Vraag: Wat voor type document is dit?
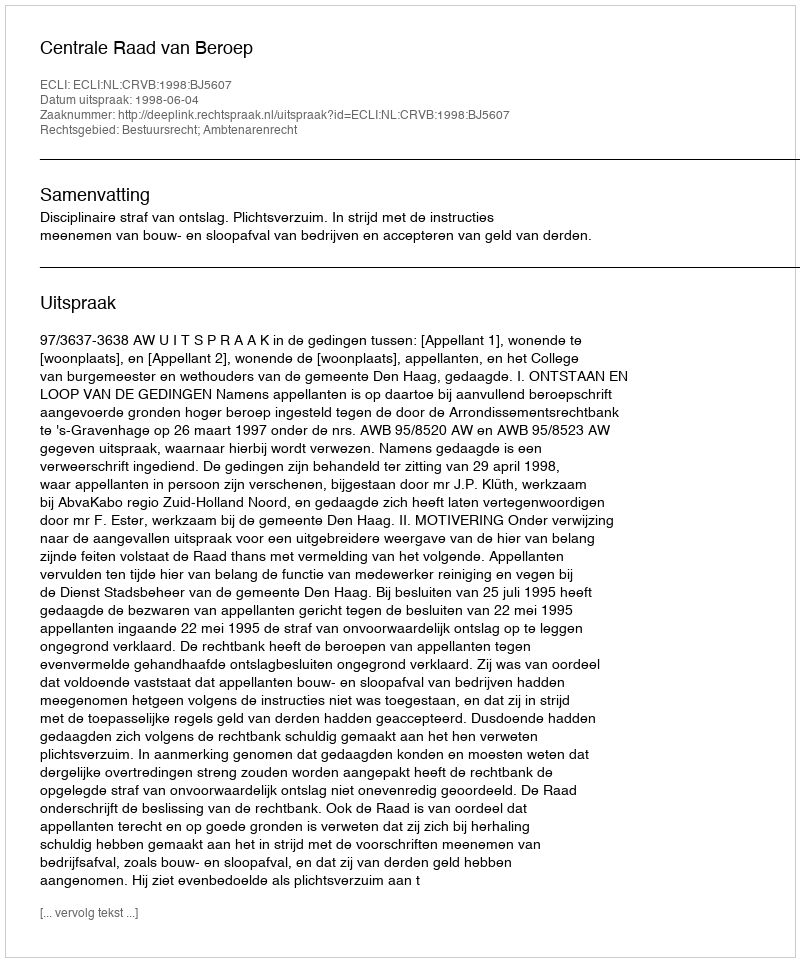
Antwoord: Uitspraak